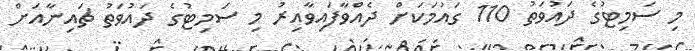
މި ސަމިޓުގެ ދައުވަތު 110 ގައުމަކަށް ދެއްވާފައިވާއިރު މި ސަމިޓުގެ ދައުވަތު ޗައިނާއަށް